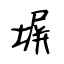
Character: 塀